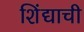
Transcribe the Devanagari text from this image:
शिंद्याची